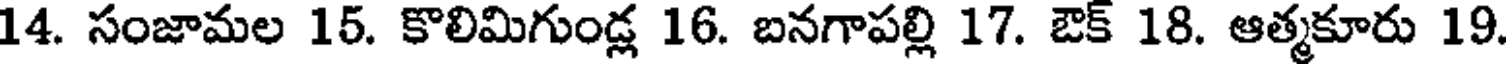
14. సంజామల 15. కొలిమిగుండ్ల 16. బనగాపల్లి 17. ఔక్ 18. ఆత్మకూరు 19.